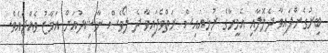
ބިރުގެންފައިވާ ދެލޮލާއި އެމީހާގެ ރުޅިއައިސް ރަތްވެފައިވާ ދެ ލޯވެސް ނާޝިދުއަށް އަމާޒު ވެއްޖެއެވެ.